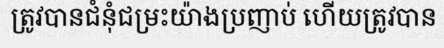
ត្រូវបានជំនុំជម្រះយ៉ាងប្រញាប់ ហើយត្រូវបាន